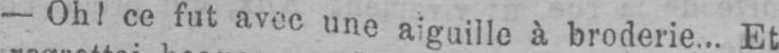
- Oh! ce fut avec une aiguille à broderie... Et